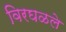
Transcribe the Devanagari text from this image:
विरघळले